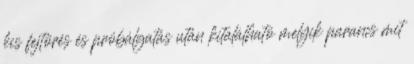
kis fejtörés és próbálgatás után kitalálható melyik parancs mit